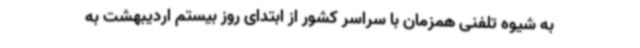
به ‌شیوه تلفنی همزمان با سراسر کشور از ابتدای روز بیستم اردیبهشت به